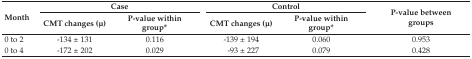
<table><thead><tr><td rowspan="3"><b>Month</b></td><td colspan="2"><b>Case</b></td><td colspan="2"><b>Control</b></td><td rowspan="3"><b>P-value between groups</b></td></tr><tr><td><b>CMT changes (μ)</b></td><td><b>P-value within group*</b></td><td><b>CMT changes (μ)</b></td><td><b>P-value within group*</b></td></tr></thead><tbody><tr><td>0 to 2</td><td>−134 ± 131</td><td>0.116</td><td>−139 ± 194</td><td>0.060</td><td>0.953</td></tr><tr><td>0 to 4</td><td>−172 ± 202</td><td>0.029</td><td>−93 ± 227</td><td>0.079</td><td>0.428</td></tr></tbody></table>